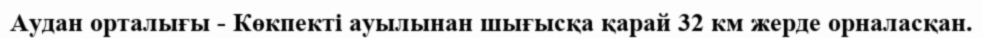
Аудан орталығы - Көкпекті ауылынан шығысқа қарай 32 км жерде орналасқан.